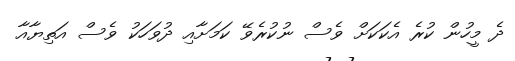
ދެ މީހުން ކުރެ އެކަކަށް ވެސް ނުކުރެވޭ ކަމަށާއި ދުވަހަކު ވެސް އަތިޔާއާ